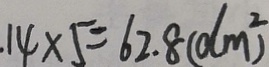
1 4 \times 5 = 6 2 . 8 ( d m ^ { 2 } )